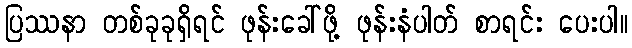
ပြဿနာ တစ်ခုခုရှိရင် ဖုန်းခေါ်ဖို့ ဖုန်းနံပါတ် စာရင်း ပေးပါ။